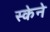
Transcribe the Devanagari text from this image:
स्केने